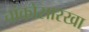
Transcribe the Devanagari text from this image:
चांकोसारखा